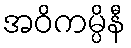
အဝိကမ္ပိနီ